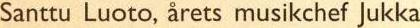
Santtu Luoto, årets musikchef Jukka